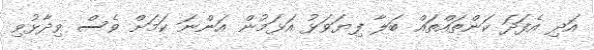
އަދި އެފަދަ ކަންތައްތައް ބަލާ ފިޔަވަޅު އަޅަމުން އަންނަ ކަމަށް ވެސް ވިދާޅުވި